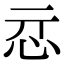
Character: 𢗏